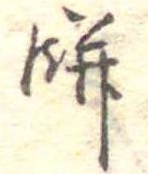
餅